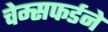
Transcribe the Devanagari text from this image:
चेम्सफर्डने